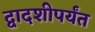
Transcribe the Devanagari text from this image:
द्वादशीपर्यंत